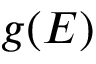
g ( E )